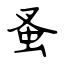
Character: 蚤